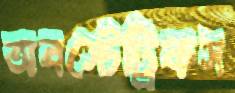
অবস্টেট্রিকস